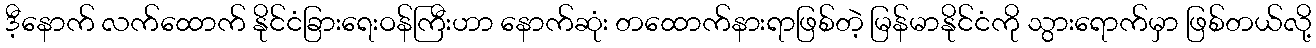
ဒီ့နောက် လက်ထောက် နိုင်ငံခြားရေးဝန်ကြီးဟာ နောက်ဆုံး တထောက်နားရာဖြစ်တဲ့ မြန်မာနိုင်ငံကို သွားရောက်မှာ ဖြစ်တယ်လို့